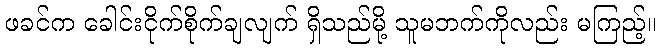
ဖခင်က ခေါင်းငိုက်စိုက်ချလျက် ရှိသည်မို့ သူမဘက်ကိုလည်း မကြည့်။